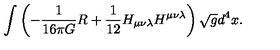
\int \left( - { \frac { 1 } { 1 6 \pi G } } R + { \frac { 1 } { 1 2 } } H _ { \mu \nu \lambda } H ^ { \mu \nu \lambda } \right) \sqrt { g } d ^ { 4 } x . \nonumber